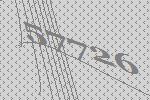
57726